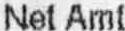
NET AMT